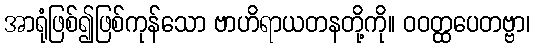
အာရုံဖြစ်၍ဖြစ်ကုန်သော ဗာဟိရာယတနတို့ကို။ ဝဝတ္ထပေတဗ္ဗာ၊